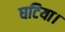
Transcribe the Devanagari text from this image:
घटिया।